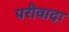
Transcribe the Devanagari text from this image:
परीवादः